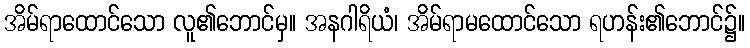
အိမ်ရာထောင်သော လူ၏ဘောင်မှ။ အနဂါရိယံ၊ အိမ်ရာမထောင်သော ရဟန်း၏ဘောင်၌။